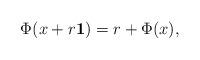
LaTeX: \begin{align*}\Phi(x + r \mathbf{1}) = r + \Phi(x),\end{align*}